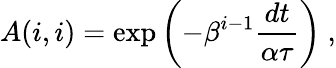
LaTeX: A(i,i)=\exp\left(-\beta^{i-1}\frac{dt}{\alpha\tau}\right)\ ,